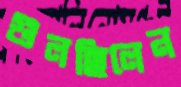
গুলছিলেন